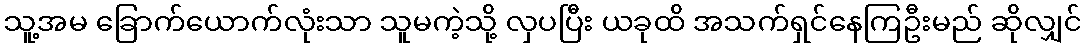
သူ့အမ ခြောက်ယောက်လုံးသာ သူမကဲ့သို့ လှပပြီး ယခုထိ အသက်ရှင်နေကြဦးမည် ဆိုလျှင်